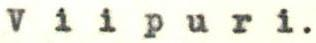
Viipuri.